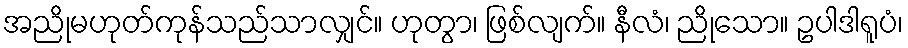
အညိုမဟုတ်ကုန်သည်သာလျှင်။ ဟုတွာ၊ ဖြစ်လျက်။ နီလံ၊ ညိုသော။ ဥပါဒါရူပံ၊